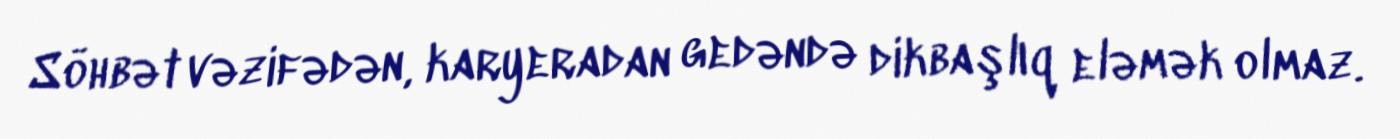
Söhbət vəzifədən, karyeradan gedəndə dikbaşlıq eləmək olmaz.